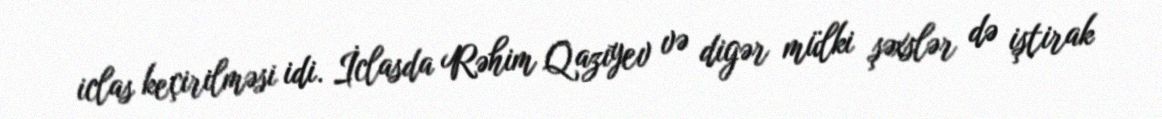
iclas keçirilməsi idi. İclasda Rəhim Qazıyev və digər mülki şəxslər də iştirak